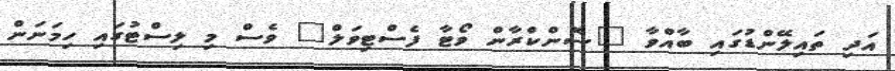
އަދި ތައިލޭންޑުގައި ބާއްވާ "ސޮންކްރާން ވޯޓާ ފެސްޓިވަލް" ވެސް މި ލިސްޓުގައި ހިމަނަން